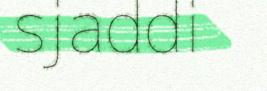
sjaddi